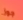
جوز